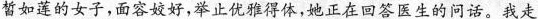
皙如莲的女子，面容姣好，举止优得体，她正在回答医生的问话。我走